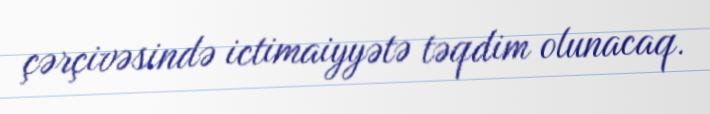
çərçivəsində ictimaiyyətə təqdim olunacaq.